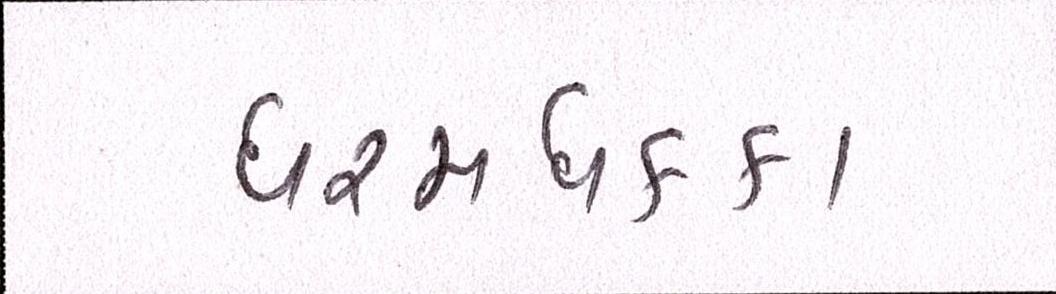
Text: ધરમધકકા